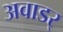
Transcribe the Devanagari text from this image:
अवाडर्